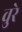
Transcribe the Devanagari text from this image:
वुरे